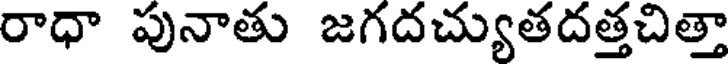
రాధా పునాతు జగదచ్యుతదత్తచిత్తా